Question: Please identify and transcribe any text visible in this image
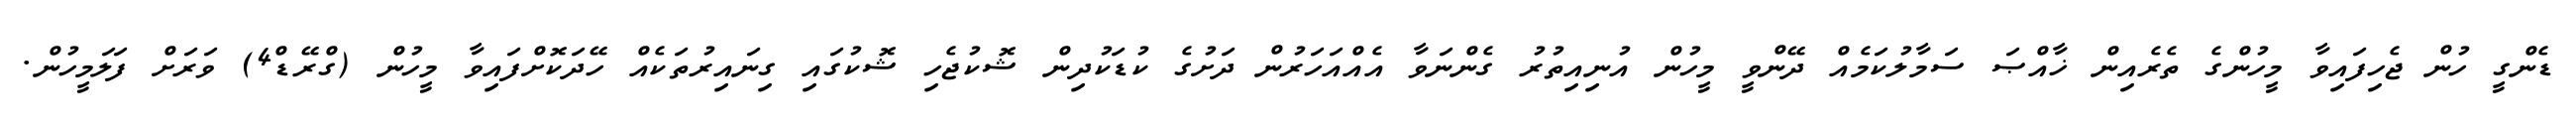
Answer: ޑެންގީ ހުން ޖެހިފައިވާ މީހުންގެ ތެރެއިން ޚާއްޞަ ސަމާލުކަމެއް ދޭންވީ މީހުން އުނިއިތުރު ގެންނަވާ އެއްއަހަރުން ދަށުގެ ކުޑަކުދިން ޝޮކުޖެހި ޝޮކުގައި ގިނައިރުތަކެއް ހޭދަކޮށްފައިވާ މީހުން (ގްރޭޑް4) ވަރަށް ފަލަމީހުން.